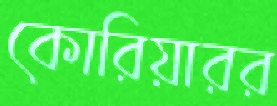
কোরিয়ারর